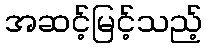
အဆင့်မြင့်သည့်